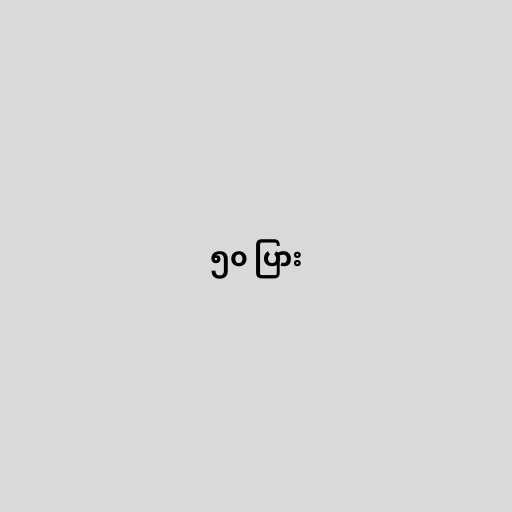
၅၀ ပြား